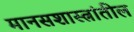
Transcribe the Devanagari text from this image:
मानसशास्त्रांतील